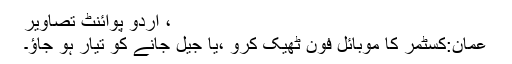
، اُردو پوائنٹ تصاویر
عمان:کسٹمر کا موبائل فون ٹھیک کرو ،یا جیل جانے کو تیار ہو جاﺅ۔